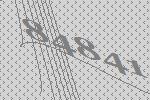
84841